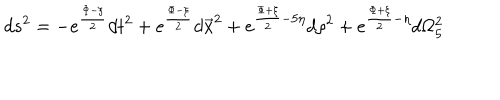
d s ^ { 2 } = - e ^ { \frac { \Phi - \xi } { 2 } } d t ^ { 2 } + e ^ { \frac { \Phi - \xi } { 2 } } d \vec { x } ^ { 2 } + e ^ { \frac { \Phi + \xi } { 2 } - 5 \eta } d \rho ^ { 2 } + e ^ { \frac { \Phi + \xi } { 2 } - \eta } d \Omega _ { 5 } ^ { 2 }